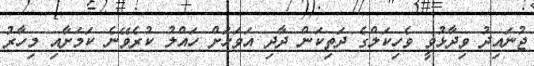
ޖުނައިދު ވިދާޅުވީ ވެހިކަލްގެ ދަތިކަން ދާދި އަވަހަށް ހައްލު ކުރެވޭނެ ކަމަށާއި މިހާރު